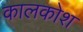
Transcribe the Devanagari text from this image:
कालकोश